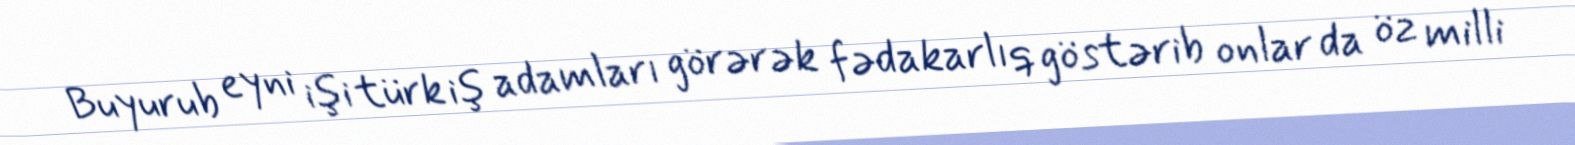
Buyurub eyni işi türk iş adamları görərək fədakarlıq göstərib onlar da öz milli